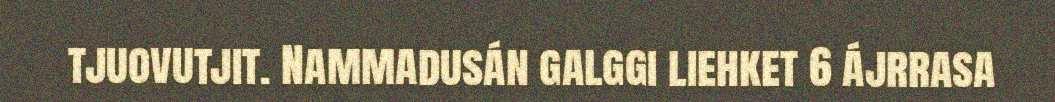
tjuovutjit. Nammadusán galggi liehket 6 ájrrasa